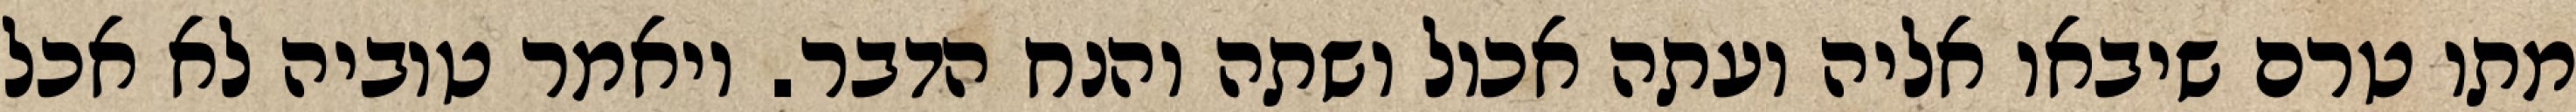
מתו טרם שיבאו אליה ועתה אכול ושתה והנח הדבר. ויאמר טוביה לא אכל